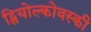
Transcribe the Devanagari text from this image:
ट्सियोल्कोवस्की